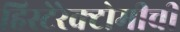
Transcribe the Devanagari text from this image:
हिस्टेरेक्टोमीची